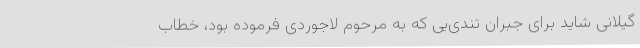
گیلانی شاید برای جبران تندی‌یی که به مرحوم لاجوردی فرموده بود، خطاب